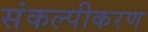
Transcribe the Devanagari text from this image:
संकल्पीकरण